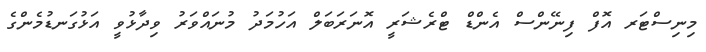
މިނިސްޓަރ އޮފް ފިނޭންސް އެންޑް ޓްރެޝަރީ އޮނަރަބަލް އަހުމަދު މުނައްވަރު ވިދާޅުވީ އަޅުގަނޑުމެންގެ